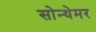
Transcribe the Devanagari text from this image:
सोन्थेमर